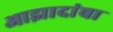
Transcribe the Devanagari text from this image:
आझादांचा